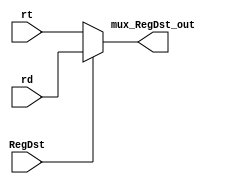
module mux_RegDst(rt, rd, RegDst, mux_RegDst_out);
    
    input RegDst;

    input [4:0] rt;
    input [4:0] rd;
    
    output reg [4:0] mux_RegDst_out;

    always @(*) begin
        if(RegDst)
            mux_RegDst_out <= rd;
        else
            mux_RegDst_out <= rt;
    end

endmodule

module mux_ALUSrc(ALUSrc, rtData, Imm, mux_ALUSrc_out);
    
    input ALUSrc;

    input [31:0] rtData;
    input [31:0] Imm;
    
    output reg [31:0] mux_ALUSrc_out;

    always @(*) begin
        if(ALUSrc)
            mux_ALUSrc_out <= rtData;
        else    
            mux_ALUSrc_out <= Imm;
    end

endmodule

module mux_MemToReg(MemtoReg, DmData, ALUData, mux_MemToReg_out);
    
    input MemtoReg;
    
    input [31:0] DmData;
    input [31:0] ALUData;

    output reg [31:0] mux_MemToReg_out;

    always @(*) begin
        if(MemtoReg)
            mux_MemToReg_out <= DmData;
        else
            mux_MemToReg_out <= ALUData;
    end
endmodule

module mux_forward(forward_C, rs_rt_imm, writedata, alu_out, mux_forward_out);

    input [1:0] forward_C;
    input [31:0] rs_rt_imm;
    input [31:0] writedata;
    input [31:0] alu_out;

    output wire [31:0] mux_forward_out;

    assign mux_forward_out = (forward_C == 2'b10) ? alu_out : (forward_C == 2'b01) ? writedata : rs_rt_imm;
endmodule //mux_forward